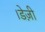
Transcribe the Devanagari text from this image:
।डेज़ी